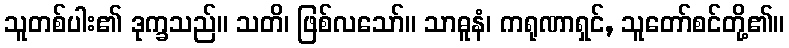
သူတစ်ပါး၏ ဒုက္ခသည်။ သတိ၊ ဖြစ်လသော်။ သာဓူနံ၊ ကရုဏာရှင်, သူတော်စင်တို့၏။